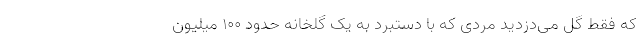
که فقط گُل‌ می‌دزدید مردی که با دستبرد به یک گلخانه حدود ۱۰۰ میلیون